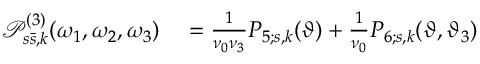
\begin{array} { r l } { \mathcal { P } _ { s \bar { s } , k } ^ { ( 3 ) } ( \omega _ { 1 } , \omega _ { 2 } , \omega _ { 3 } ) } & { { } = \frac { 1 } { \nu _ { 0 } \nu _ { 3 } } P _ { 5 ; s , k } ( \vartheta ) + \frac { 1 } { \nu _ { 0 } } P _ { 6 ; s , k } ( \vartheta , \vartheta _ { 3 } ) } \end{array}